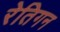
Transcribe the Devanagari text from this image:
रेतिगन